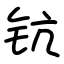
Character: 钪